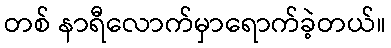
တစ် နာရီလောက်မှာရောက်ခဲ့တယ်။